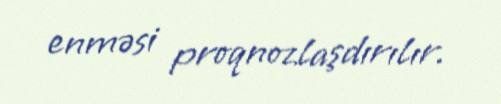
enməsi proqnozlaşdırılır.